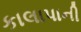
કાલાપાની